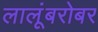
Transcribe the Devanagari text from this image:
लालूंबरोबर